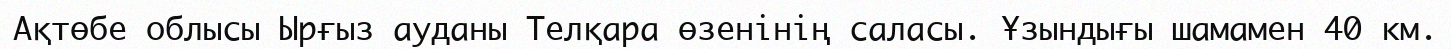
Ақтөбе облысы Ырғыз ауданы Телқара өзенінің саласы. Ұзындығы шамамен 40 км.